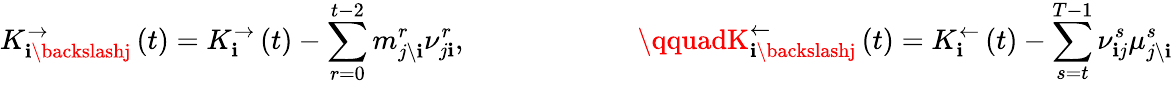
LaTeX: K_{\mathbf{i}\backslashj}^{\rightarrow}\left(t\right)=K_{\mathbf{i}}^{\rightarrow}\left(t\right)-\sum_{r=0}^{t-2}m_{j\backslash\mathbf{i}}^{r}\nu_{j\mathbf{i}}^{r},\qquad\qquad\qquad\qquadK_{\mathbf{i}\backslashj}^{\leftarrow}\left(t\right)=K_{\mathbf{i}}^{\leftarrow}\left(t\right)-\sum_{s=t}^{T-1}\nu_{\mathbf{i}j}^{s}\mu_{j\backslash\mathbf{i}}^{s}